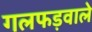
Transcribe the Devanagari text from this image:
गलफड़वाले